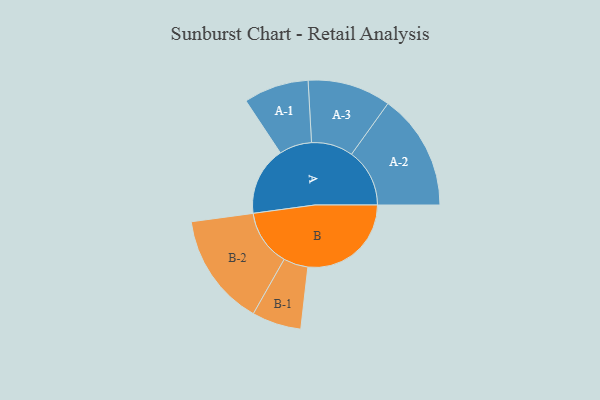
{"axis": {"x": "Segment", "y": "Value"}, "legend": ["", "A", "B"], "data": [{"x": "A", "y": 287, "type": ""}, {"x": "B", "y": 432, "type": ""}, {"x": "A-1", "y": 136, "type": "A"}, {"x": "A-2", "y": 243, "type": "A"}, {"x": "A-3", "y": 174, "type": "A"}, {"x": "B-1", "y": 103, "type": "B"}, {"x": "B-2", "y": 236, "type": "B"}]}